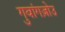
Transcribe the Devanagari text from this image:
गुवांगज़ोउ